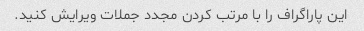
این پاراگراف را با مرتب کردن مجدد جملات ویرایش کنید.